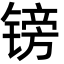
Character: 镑